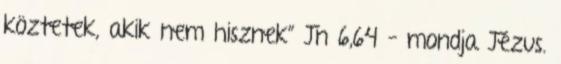
köztetek, akik nem hisznek” Jn 6,64 – mondja Jézus.